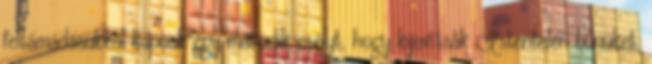
feltámadásukkal kapnak egy második esélyt, hogy kijavítsák Istentelen bűnüket.